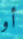
أو